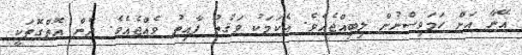
އޭނާ އަށް ހަމަވިސްނުން ލިބިއްޖެއެވެ. އެކަމަކު ވަަޤުތު ފާއިތު ވެއްޖެއެވެ. ދެން އޮތްގޮތަކީ